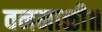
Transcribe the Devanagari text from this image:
वनमाळी॥